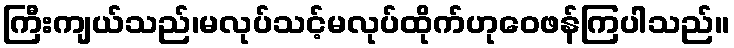
ကြီးကျယ်သည်၊မလုပ်သင့်မလုပ်ထိုက်ဟုဝေဖန်ကြပါသည်။